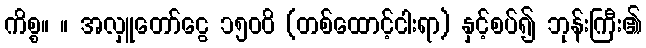
ကိစ္စ။ ။ အလှူတော်ငွေ ၁၅၀၀ိ (တစ်ထောင့်ငါးရာ) နှင့်စပ်၍ ဘုန်းကြီး၏